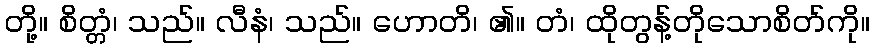
တို့။ စိတ္တံ၊ သည်။ လီနံ၊ သည်။ ဟောတိ၊ ၏။ တံ၊ ထိုတွန့်တိုသောစိတ်ကို။